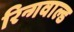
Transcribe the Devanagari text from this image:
रिन्गवाल्ड